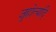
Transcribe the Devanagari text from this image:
जुहोत्यादि